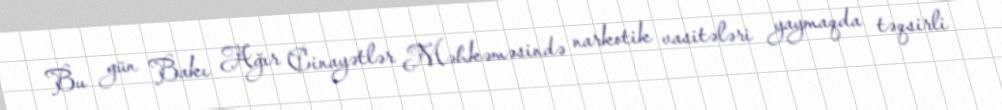
Bu gün Bakı Ağır Cinayətlər Məhkəməsində narkotik vasitələri yaymaqda təqsirli